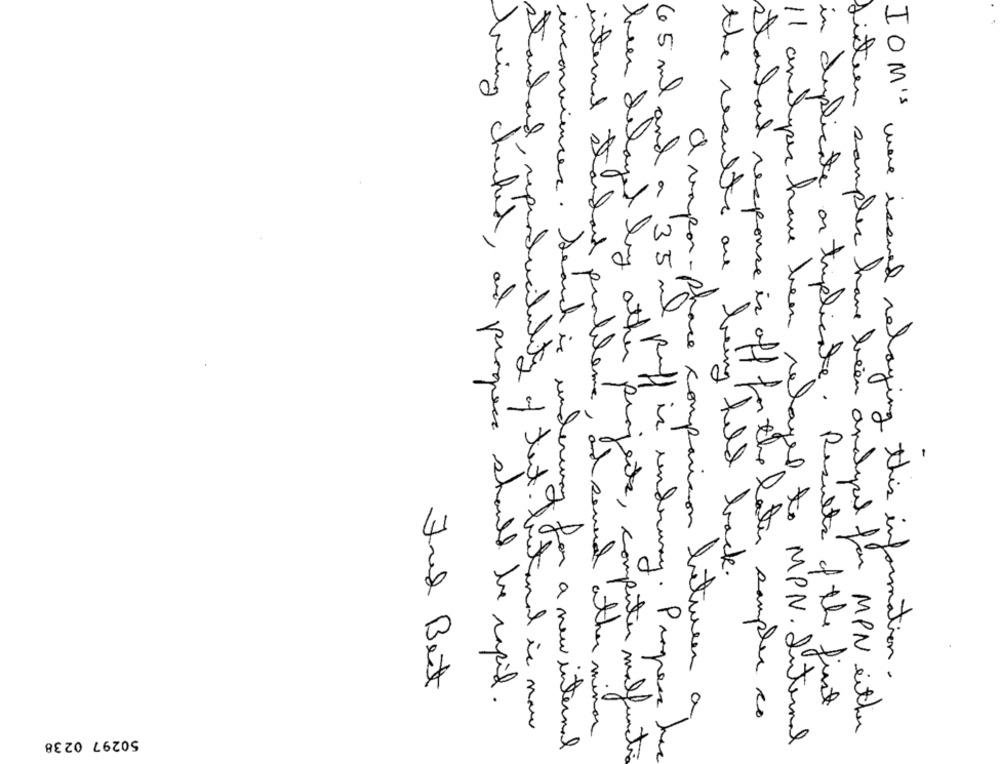
internal st
Tandard ,
11 analyses have to
65 ml and a 35 ml
problem
layed by other prog
Listen samples have been and
incorniences . Search is underway
the results are being held back .
standard, rependucilutity of text. butin
IO M's were issued relaying this information .
Fred Best
Chrapan-phace comparison between a
in duplicate or triplicate. Results of the first
bring checked , and progress should be rapid .
standard response is off for the later samples co
for MPN either
come , and several other minor
50297 0238
for a new internal
to MPN. Internal
ajects, computer malfunction
If Ruff is underway . Propres he